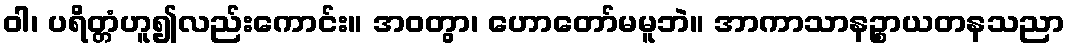
ဝါ၊ ပရိတ္တံဟူ၍လည်းကောင်း။ အဝတွာ၊ ဟောတော်မမူဘဲ။ အာကာသာနဉ္စာယတနသညာ